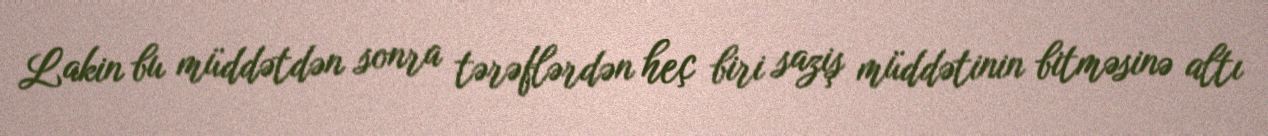
Lakin bu müddətdən sonra tərəflərdən heç biri saziş müddətinin bitməsinə altı